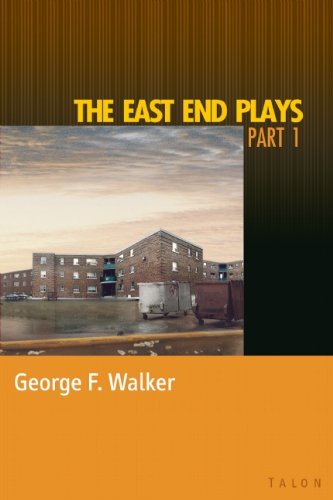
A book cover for The East End Plays: Part 1; George F. Walker; Literature & Fiction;